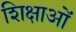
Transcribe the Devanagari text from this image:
शिक्षाआें